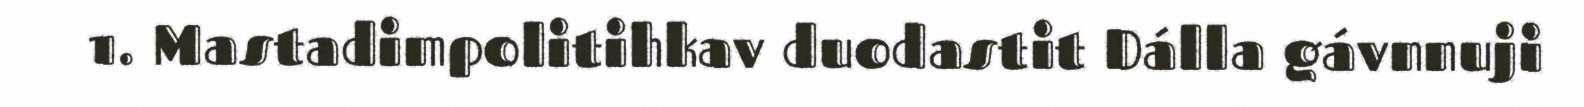
1. Mastadimpolitihkav duodastit Dálla gávnnuji